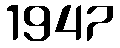
1947